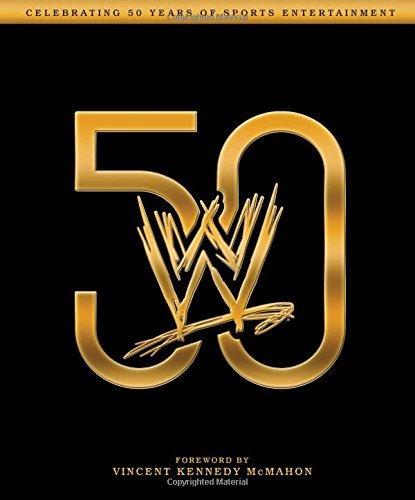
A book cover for WWE 50; Kevin Sullivan; Sports & Outdoors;